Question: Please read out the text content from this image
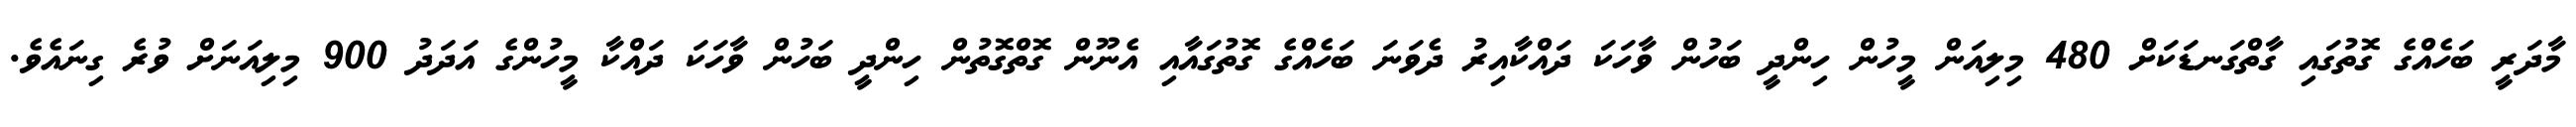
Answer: މާދަރީ ބަހެއްގެ ގޮތުގައި ގާތްގަނޑަކަށް 480 މިލިއަން މީހުން ހިންދީ ބަހުން ވާހަކަ ދައްކާއިރު ދެވަނަ ބަހެއްގެ ގޮތުގައާއި އެނޫން ގޮތްގޮތުން ހިންދީ ބަހުން ވާހަކަ ދައްކާ މީހުންގެ އަދަދު 900 މިލިއަނަށް ވުރެ ގިނައެވެ.